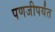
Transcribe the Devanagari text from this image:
पणजीपर्यंत